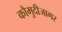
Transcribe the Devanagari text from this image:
कौमुदीजागर